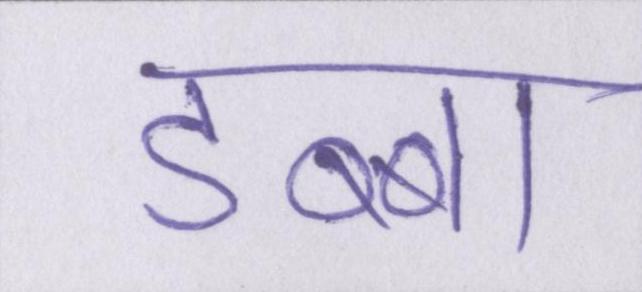
डब्बा